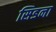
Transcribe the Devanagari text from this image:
सिडना